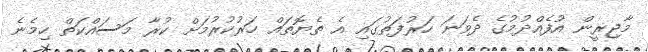
މާޖިރީން އުފެއްދުމުގެ ދެވަނަ ހަރުފަތުގައި އެ ތެޔޮތައް ހަރުކުރުމަށް ކުރާ މަސައްކަތް ހިމެނެ